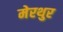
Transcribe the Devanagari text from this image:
मेरथुर